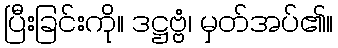
ပြီးခြင်းကို။ ဒဋ္ဌဗ္ဗံ၊ မှတ်အပ်၏။